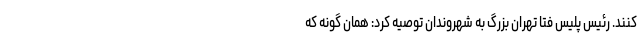
کنند. رئیس پلیس فتا تهران بزرگ به شهروندان توصیه کرد: همان گونه که